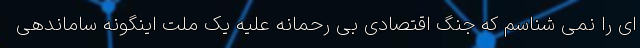
ای را نمی شناسم که جنگ اقتصادی بی رحمانه علیه یک ملت اینگونه ساماندهی